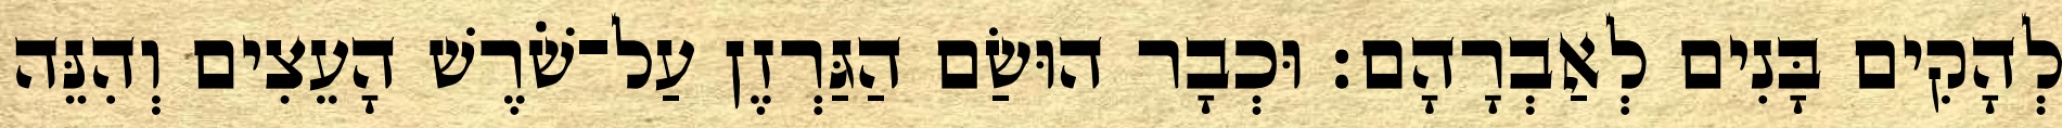
לְהָקִים בָּנִים לְאַבְרָהָם׃ וּכְבָר הוּשַׂם הַגַּרְזֶן עַל־שֹׁרֶשׁ הָעֵצִים וְהִנֵּה